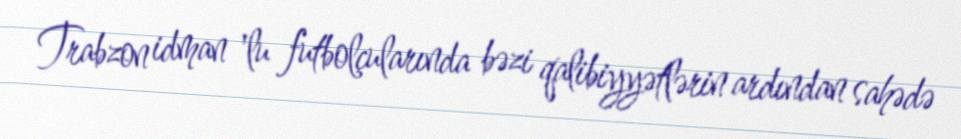
Trabzon idman 'lu futbolçularında bəzi qalibiyyətlərin ardından sahədə